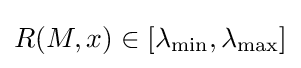
R(M,x)\in \left[\lambda _{\min },\lambda _{\max }\right]